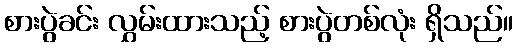
စားပွဲခင်း လွှမ်းထားသည့် စားပွဲတစ်လုံး ရှိသည်။